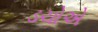
ડચોએ